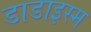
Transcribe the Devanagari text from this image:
डाडाइस्म